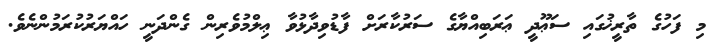
މި ފަހުގެ ތާރީޚުގައި ސަޢޫދީ ޢަރަބިއްޔާގެ ސަރުކާރަށް ފާޑުވިދާޅުވާ ޢިލްމުވެރިން ގެންދަނީ ހައްޔަރުކުރަމުންނެވެ.